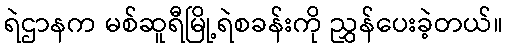
ရဲဌာနက မစ်ဆူရီမြို့ရဲစခန်းကို ညွှန်ပေးခဲ့တယ်။